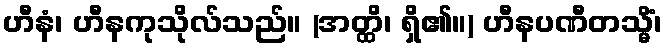
ဟီနံ၊ ဟီနကုသိုလ်သည်။ (အတ္ထိ၊ ရှိ၏။) ဟီနပဏီတသ္မိံ၊